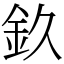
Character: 𨥆